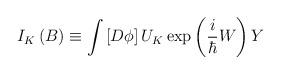
LaTeX: \begin{align*}I_K\left( B\right) \equiv \int \left[ D\phi \right] U_K\exp \left(\frac i\hbar W\right) Y\end{align*}